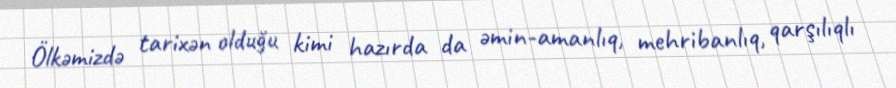
Ölkəmizdə tarixən olduğu kimi hazırda da əmin-amanlıq, mehribanlıq, qarşılıqlı